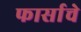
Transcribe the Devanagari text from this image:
फार्साचे